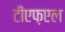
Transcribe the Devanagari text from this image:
टीएफ़एल